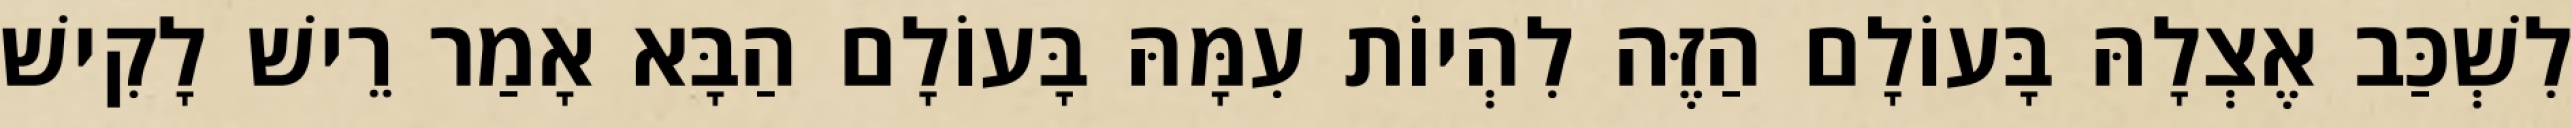
לִשְׁכַּב אֶצְלָהּ בָּעוֹלָם הַזֶּה לִהְיוֹת עִמָּהּ בָּעוֹלָם הַבָּא אָמַר רֵישׁ לָקִישׁ